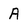
Character: A